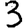
Digit: 3